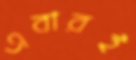
এবারই